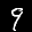
Label: 9